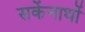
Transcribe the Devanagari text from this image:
सकेंनाथों